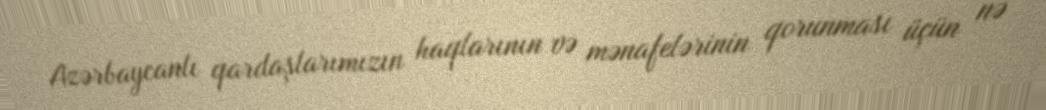
Azərbaycanlı qardaşlarımızın haqlarının və mənafelərinin qorunması üçün nə